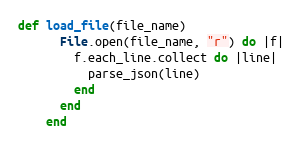
Language: Ruby
def load_file(file_name)
      File.open(file_name, "r") do |f|
        f.each_line.collect do |line|
          parse_json(line)
        end
      end
    end